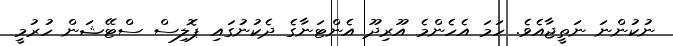
ނުކުންނަ ނަތީޖާއެވެ. ހަމަ އެހެންމެ އޫރިދޫ އެންޓަނާގެ ދެކުނުގައި ޕޮލިސް ސްޓޭޝަން ހުރުމީ